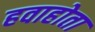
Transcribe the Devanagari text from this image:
हवाहोता